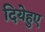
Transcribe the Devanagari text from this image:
दियेहुए